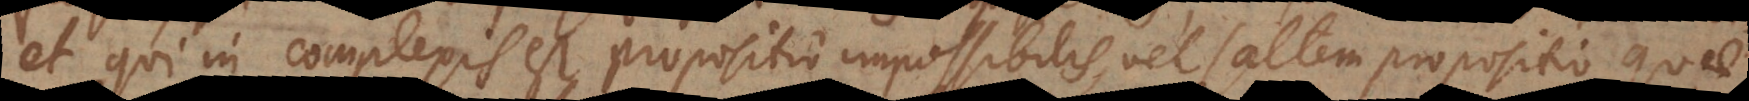
et qui in complexis est propositio impossibilis, vel saltem propositio qua